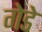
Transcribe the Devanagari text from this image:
गेडे